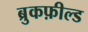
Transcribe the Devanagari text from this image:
ब्रुकफ़ील्ड